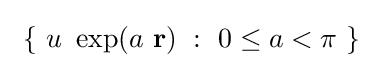
\ \{\ u\ \exp(a\ \mathbf {r} )\ :\ 0\leq a<\pi \ \}~